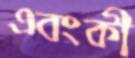
এবংকী